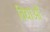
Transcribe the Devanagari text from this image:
विद्याओँ